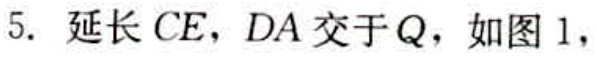
5. 延长 \(CE\)，\(DA\) 交于 \(Q\)，如图 1，